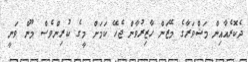
ދެކޮރެއާއިން މަޝްވަރާގެ މޭޒަން ހާޒިރުވާން ޖެހޭ ކަމަށް މީގެ ކުރިންވެސް މޫން ވަނީ